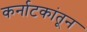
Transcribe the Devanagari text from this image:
कर्नाटकांतून